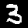
Label: 3